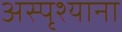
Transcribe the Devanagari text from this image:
अस्पृश्याना